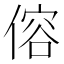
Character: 傛